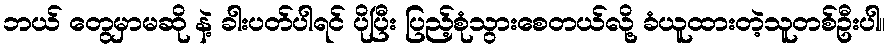
ဘယ် တွေမှာမဆို နဲ့ ခါးပတ်ပါရင် ပိုပြီး ပြည့်စုံသွားစေတယ်လို့ ခံယူထားတဲ့သူတစ်ဦးပါ။